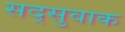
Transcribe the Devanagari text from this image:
सद्सुवाक